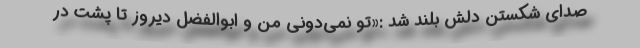
صدای شکستن دلش بلند شد :«تو نمی‌دونی من و ابوالفضل دیروز تا پشت در